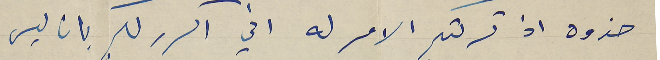
حذوه اذ تركتم الامر له اني اكرر لكم بان ليس